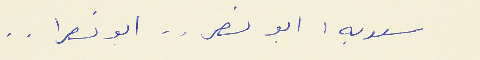
سعديه : ابو نصر . . ابو نصرا . .